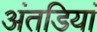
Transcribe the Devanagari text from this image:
अंतडियां